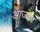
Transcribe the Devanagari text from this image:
आज्यप